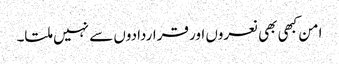
امن کبھی بھی نعروں اور قراردادوں سے نہیں ملتا۔